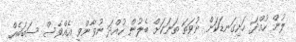
ލުން ހުއްދަ ހަށިގަނޑަކަށް ނުވަތަ ތަނަކަށް ބެލުން ހުއްދަ ނުވާންވީ އެއްވެސް ސަބަބެއް